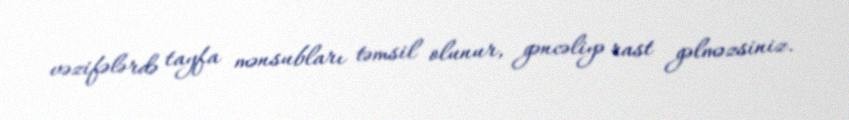
vəzifələrdə tayfa mənsubları təmsil olunur, gəncəliyə rast gəlməzsiniz.